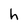
Character: h